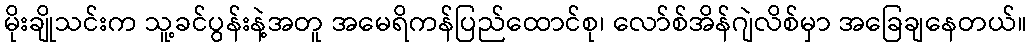
မိုးချိုသင်းက သူ့ခင်ပွန်းနဲ့အတူ အမေရိကန်ပြည်ထောင်စု၊ လော်စ်အိန်ဂျဲလိစ်မှာ အခြေချနေတယ်။